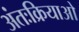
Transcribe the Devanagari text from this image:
अंतःक्रियाओ